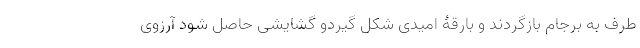
طرف به برجام بازگردند و بارقۀ امیدی شکل گیردو گشایشی حاصل شود آرزوی